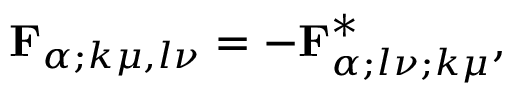
{ \mathbf { F } } _ { \alpha ; k \mu , l \nu } = - { \mathbf { F } } _ { \alpha ; l \nu ; k \mu } ^ { * } ,